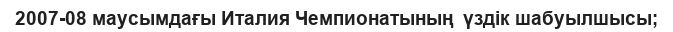
2007-08 маусымдағы Италия Чемпионатының  үздік шабуылшысы;